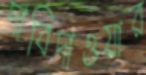
দাবিদাওয়ার